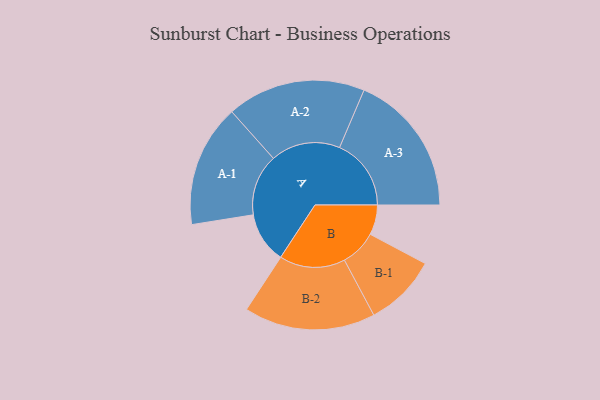
{"axis": {"x": "Segment", "y": "Value"}, "legend": ["", "A", "B"], "data": [{"x": "A", "y": 208, "type": ""}, {"x": "B", "y": 122, "type": ""}, {"x": "A-1", "y": 250, "type": "A"}, {"x": "A-2", "y": 283, "type": "A"}, {"x": "A-3", "y": 292, "type": "A"}, {"x": "B-1", "y": 148, "type": "B"}, {"x": "B-2", "y": 268, "type": "B"}]}